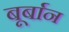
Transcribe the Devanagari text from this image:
बूर्बान